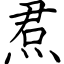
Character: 焄